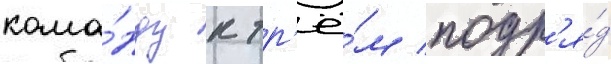
кома́нду к тр'ё́м подр'я́д